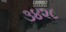
૩૪૨૮